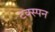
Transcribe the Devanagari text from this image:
टक्स्पन